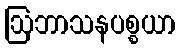
ဩဘာသနပစ္စယာ